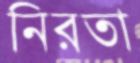
নিরতা